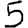
Digit: 5